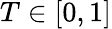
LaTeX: T\in[0,1]